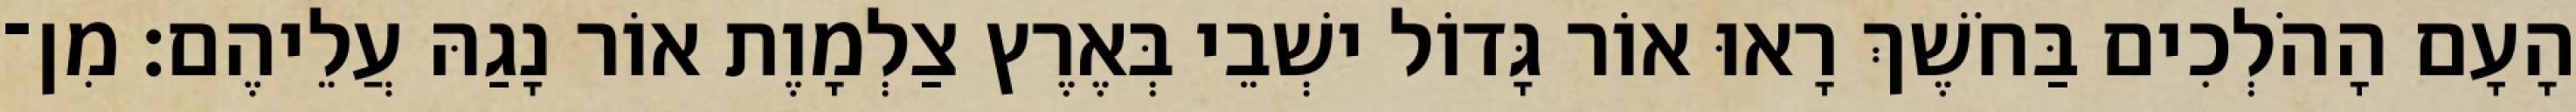
הָעָם הָהֹלְכִים בַּחֹשֶׁךְ רָאוּ אוֹר גָּדוֹל ישְׁבֵי בְּאֶרֶץ צַלְמָוֶת אוֹר נָגַהּ עֲלֵיהֶם׃ מִן־